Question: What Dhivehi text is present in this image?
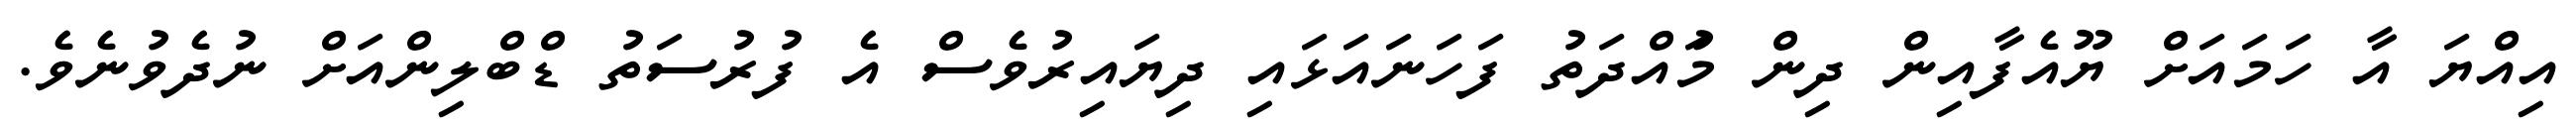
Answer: އިއްޔަ އާ ހަމައަށް ޔޫއެފާއިން ދިން މުައްދަތު ފަހަނައަޅައި ދިޔައިރުވެސް އެ ފުރުސަތު ޑްބްލިންއަށް ނުދެވުނެވެ.